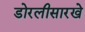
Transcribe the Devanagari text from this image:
डोरलीसारखे